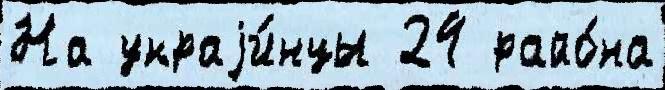
На украjи́нцы 24 райо́на